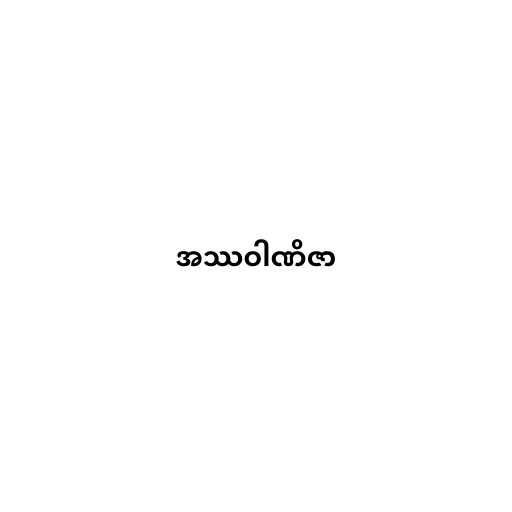
အဿဝါဏိဇာ